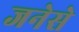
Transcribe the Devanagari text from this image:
जनेसे